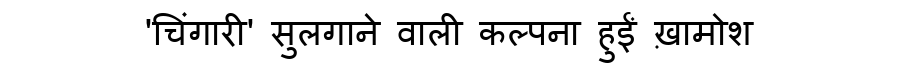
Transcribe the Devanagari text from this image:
'चिंगारी' सुलगाने वाली कल्पना हुईं ख़ामोश